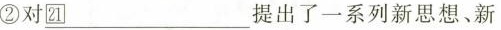
②对\underline{21}提出了一系列新思想、新